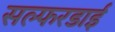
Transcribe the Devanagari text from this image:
सल्फरडाई